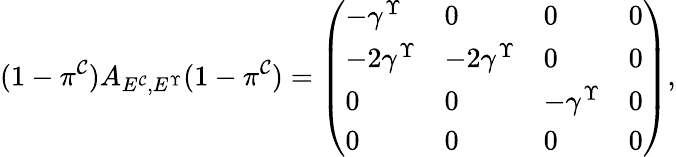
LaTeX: (1-\pi^{\mathcal C})A_{E^{\mathcal C},E^{\Upsilon}}(1-\pi^{\mathcal C})=\left(\begin{array}{llll}{-\gamma^{\Upsilon}}&{0}&{0}&{0}\\ {-2\gamma^{\Upsilon}}&{-2\gamma^{\Upsilon}}&{0}&{0}\\ {0}&{0}&{-\gamma^{\Upsilon}}&{0}\\ {0}&{0}&{0}&{0}\end{array}\right),